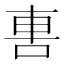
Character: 軎